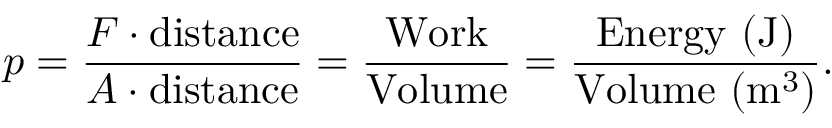
p = { \frac { F \cdot { \mathrm { d i s t a n c e } } } { A \cdot { \mathrm { d i s t a n c e } } } } = { \frac { \mathrm { W o r k } } { \mathrm { V o l u m e } } } = { \frac { \mathrm { E n e r g y ~ ( J ) } } { { \mathrm { V o l u m e ~ } } ( { \mathrm { m } } ^ { 3 } ) } } .